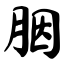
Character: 胭